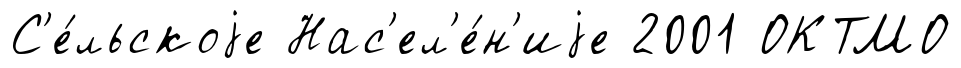
С'е́льскоjе Нас'ел'е́н'иjе 2001 ОКТМО